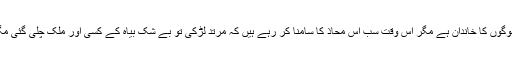
میرے دوست کا خاندان پاکستان کے ایک بڑے شہر میں رہنے والا، پڑھے لکھے لوگوں کا خاندان ہے مگر اس وقت سب اس محاذ کا سامنا کر رہے ہیں کہ مرتد لڑکی تو بے شک بیاہ کے کسی اور ملک چلی گئی مگر اس کے بوڑھے ماں باپ اور باقی بہن بھائیوں کا پو را خاندان بائیکاٹ کر دے ۔